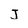
Character: J